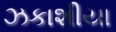
ઝકાશીયા